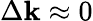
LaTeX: \Delta\mathbf{k}\approx0